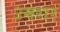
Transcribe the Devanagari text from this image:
उमरार